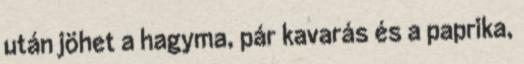
után jöhet a hagyma, pár kavarás és a paprika,